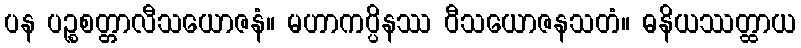
ပန ပဉ္စစတ္တာလီသယောဇနံ။ မဟာကပ္ပိနဿ ဝီသယောဇနသတံ။ ဓနိယဿတ္ထာယ